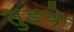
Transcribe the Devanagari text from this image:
तुडये